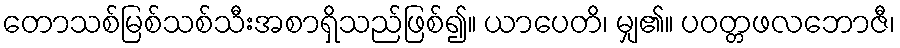
တောသစ်မြစ်သစ်သီးအစာရှိသည်ဖြစ်၍။ ယာပေတိ၊ မျှ၏။ ပဝတ္တဖလဘောဇီ၊